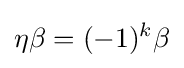
\eta \beta =(-1)^{k}\beta